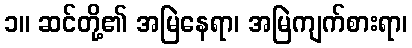
၁။ ဆင်တို့၏ အမြဲနေရာ၊ အမြဲကျက်စားရာ၊